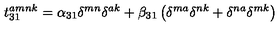
t _ { 3 1 } ^ { a m n k } = \alpha _ { 3 1 } \delta ^ { m n } \delta ^ { a k } + \beta _ { 3 1 } \left( \delta ^ { m a } \delta ^ { n k } + \delta ^ { n a } \delta ^ { m k } \right)